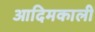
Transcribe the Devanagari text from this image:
आदिमकाली